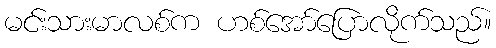
မင်းသားမာလစ်က ဟစ်အော်ပြောလိုက်သည်။